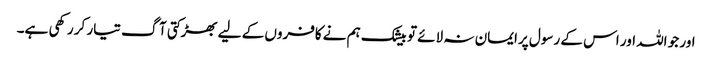
اور جو اللہ اور اس کے رسول پرایمان نہ لائے تو بیشک ہم نے کافروں کے لیے بھڑکتی آگ تیار کر رکھی ہے۔